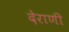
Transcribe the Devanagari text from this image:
देराणी